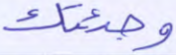
وجئتك